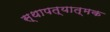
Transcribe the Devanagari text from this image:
स्थापत्यात्मक